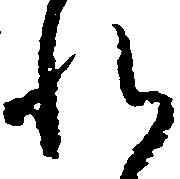
れ